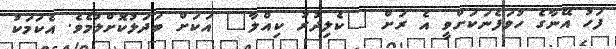
ފަހު އޭނާގެ ހުވަފެނަކަށްވީ އެ ރަށް "ކެލިދުރު ކިއްލާ" އަކަށް ބަދަލުކޮށްލުމެވެ. އެކަމަކު